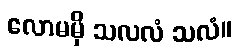
လောမမှိ သလလံ သလံ။